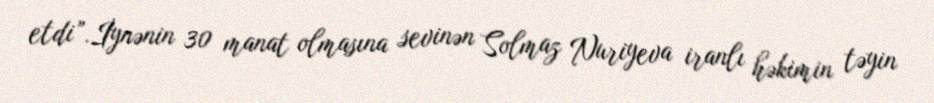
etdi”.İynənin 30 manat olmasına sevinən Solmaz Nuriyeva iranlı həkimin təyin